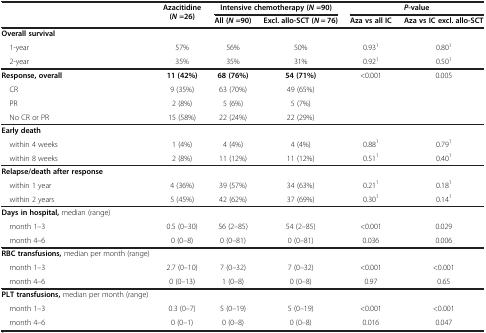
| <ROWSPAN=2>  | <ROWSPAN=2> Azacitidine (N =26) | <COLSPAN=2> Intensive chemotherapy (N =90) | <COLSPAN=2> P-value |
 | All (N =90) | Excl. allo-SCT (N = 76) | Aza vs all IC | Aza vs IC excl. allo-SCT |
 | --- | --- | --- | --- | --- | --- |
 | Overall survival |  |  |  |  |  |
 | 1-year | 57% | 56% | 50% | 0.931 | 0.801 |
 | 2-year | 35% | 35% | 31% | 0.921 | 0.501 |
 | Response, overall | 11 (42%) | 68 (76%) | 54 (71%) | <ROWSPAN=4> <0.001 | <ROWSPAN=4> 0.005 |
 | CR | 9 (35%) | 63 (70%) | 49 (65%) |
 | PR | 2 (8%) | 5 (6%) | 5 (7%) |
 | No CR or PR | 15 (58%) | 22 (24%) | 22 (29%) |
 | Early death |  |  |  |  |  |
 | within 4 weeks | 1 (4%) | 4 (4%) | 4 (4%) | 0.881 | 0.791 |
 | within 8 weeks | 2 (8%) | 11 (12%) | 11 (12%) | 0.511 | 0.401 |
 | Relapse/death after response |  |  |  |  |  |
 | within 1 year | 4 (36%) | 39 (57%) | 34 (63%) | 0.211 | 0.181 |
 | within 2 years | 5 (45%) | 42 (62%) | 37 (69%) | 0.301 | 0.141 |
 | Days in hospital, median (range) |  |  |  |  |  |
 | month 1–3 | 0.5 (0–30) | 56 (2–85) | 54 (2–85) | <0.001 | 0.029 |
 | month 4–6 | 0 (0–8) | 0 (0–81) | 0 (0–81) | 0.036 | 0.006 |
 | RBC transfusions, median per month (range) |  |  |  |  |  |
 | month 1–3 | 2.7 (0–10) | 7 (0–32) | 7 (0–32) | <0.001 | <0.001 |
 | month 4–6 | 0 (0–13) | 1 (0–8) | 0 (0–8) | 0.97 | 0.65 |
 | PLT transfusions, median per month (range) |  |  |  |  |  |
 | month 1–3 | 0.3 (0–7) | 5 (0–19) | 5 (0–19) | <0.001 | <0.001 |
 | month 4–6 | 0 (0–1) | 0 (0–8) | 0 (0–8) | 0.016 | 0.047 |